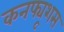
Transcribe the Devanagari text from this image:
कनफ्यूशस